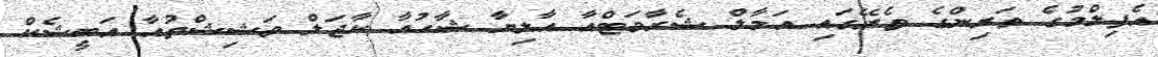
އެފިލްމުގެ ތަރިންގެ ތެރޭގައި އަމާލް ޝެރާވަޓްއާ އާލިޔާ ޝާހުއާ ކާޖަލް ވަޝިޝްތުއާ އަބީޝެކް